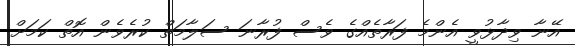
އޭނާ ވިދާޅުވީ އެންމެ ފަރާތެއްގެ ވެސް ފުރާނަ ސަލާމަތް ކުރެވެން އޮތް ކަމަށް